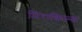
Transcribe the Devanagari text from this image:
मिराकिल्स